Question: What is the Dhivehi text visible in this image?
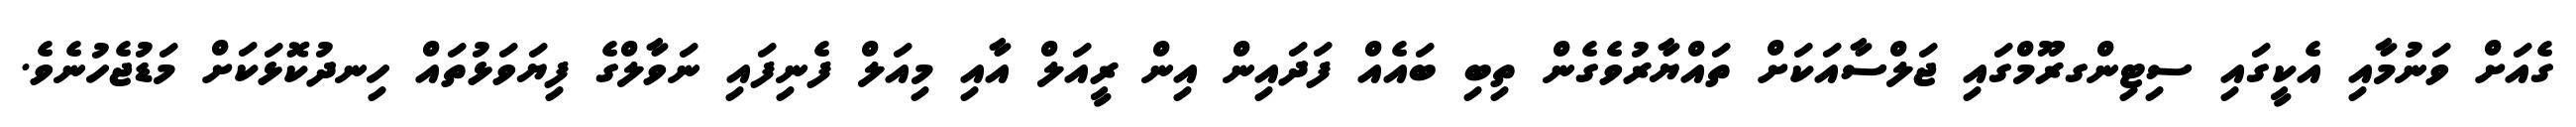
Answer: ގެއަށް ވަނުމާއި އެކީގައި ސިޓިންގރޫމްގައި ޖަލްސާއަކަށް ތައްޔާރުވެގެން ތިބި ބައެއް ފަދައިން އިން ރީއަލް އާއި މިއަލް ފެނިފައި ނަވާލްގެ ފިޔަވަޅުތައް ހިނދުކޮޅަކަށް މަޑުޖެހުނެވެ.